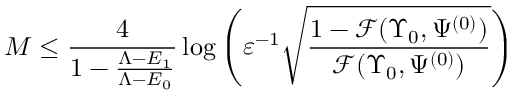
M \leq \frac { 4 } { 1 - \frac { \Lambda - E _ { 1 } } { \Lambda - E _ { 0 } } } \log \left( \varepsilon ^ { - 1 } \sqrt { \frac { 1 - \mathcal { F } ( \Upsilon _ { 0 } , \Psi ^ { ( 0 ) } ) } { \mathcal { F } ( \Upsilon _ { 0 } , \Psi ^ { ( 0 ) } ) } } \right)